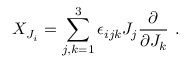
X _ { J _ { i } } = \sum _ { j , k = 1 } ^ { 3 } \epsilon _ { i j k } J _ { j } \frac { \partial } { \partial J _ { k } } ~ .